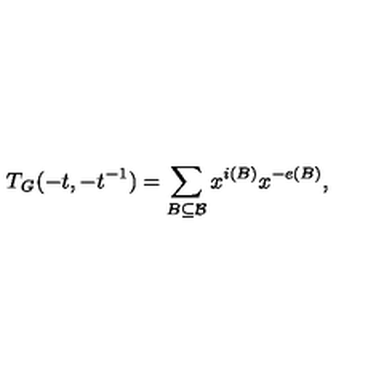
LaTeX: T _ { \mathit { G } } ( - t , - t ^ { - 1 } ) = \sum _ { B \subseteq \mathcal { B } } x ^ { i ( B ) } x ^ { - e ( B ) } ,